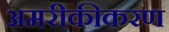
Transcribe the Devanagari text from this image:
अमरीकीकरण